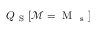
Q _ { \mathrm { ~ S ~ } } [ \mathcal { M } = \mathrm { ~ M ~ } _ { \mathrm { ~ s ~ } } ]